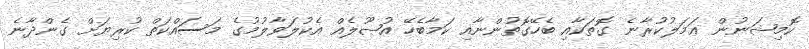
ކޮމިޝަނުން ޢަމަލުކުރާނެ ގޮތަކާއި ބެހޭގޮތުންނާއި ކަމާބެހޭ އުޞޫލެއް އެކުލަވާލުމުގެ މަސައްކަތް ކުރިޔަށް ގެންދާނެ